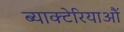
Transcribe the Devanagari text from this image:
ब्याक्टेरियाऔं